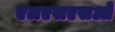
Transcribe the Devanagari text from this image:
एलएसएसओ